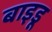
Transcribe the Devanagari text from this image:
बाइडू